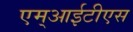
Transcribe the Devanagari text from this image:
एम्आईटीएस